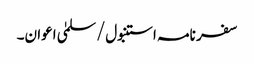
سفر نامہ استنبول/سلمیٰ اعوان۔